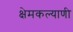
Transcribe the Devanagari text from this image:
क्षेमकल्याणी